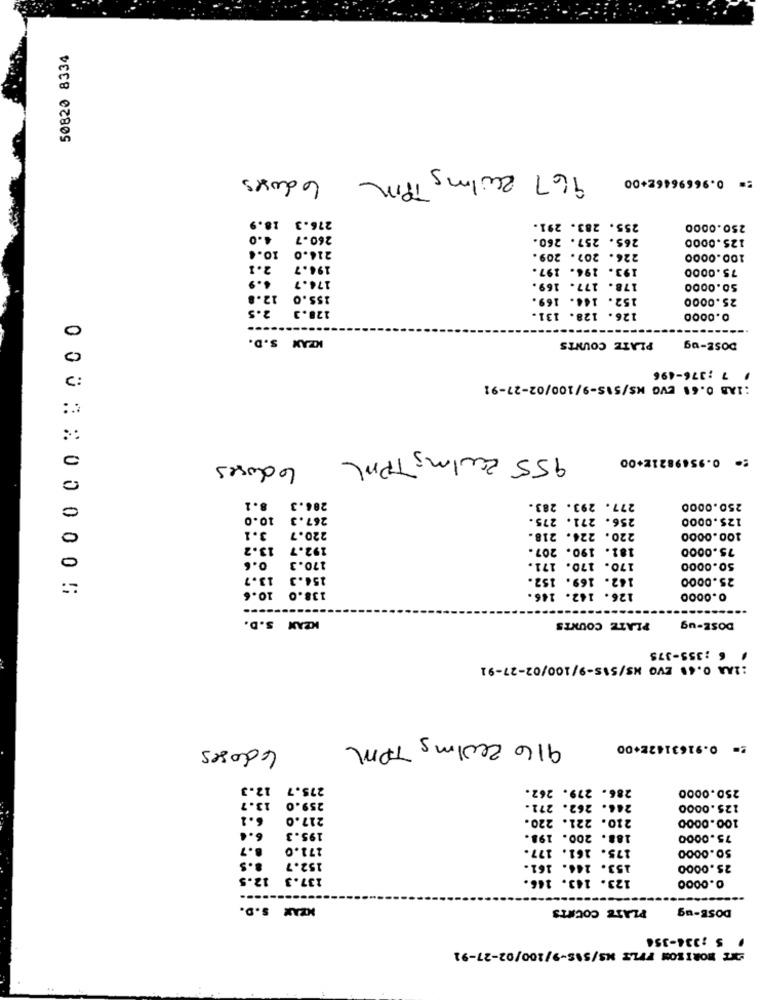
50820 8334
6 doses
967 Zwilms im
:= 0.9669646E+00
18.9
276.3
255. 283. 291.
250.0000
4.0
260.7
265. 257. 260.
125.0000
10.4
214.0
226. 207. 209.
100.0000
2.1
194.7
193. 194. 197.
75.0000
176.7
178. 177. 169.
50.0000
12.8
155.0
152. 144. 169.
25.0000
2.5
128.3
126. 128. 131.
0.0000
0
KZAM S.D.
PLATE COUNTS
DOSE-ug
/ 7 ;376-496
:1AB 0.61 EVG MS/515-9/100/02-27-91
0
955 Zculms TPML
: 0.95698212+00
60 doses
0
8.1
286.3
277. 293. 283.
250.0000
10.0
267.3
256. 271. 275.
125.0000
3.1
220.7
220. 224. 218.
100.0000
13.2
192.7
181. 190. 207.
75.0000
0.6
170.3
170. 170. 171.
50.0000
13.7
154.3
162. 169. 152.
25.0000
138.0 10.6
126. 142. 146.
000 2 2 0 0 0 0 0 5
0.0000
KEAN S.D.
PLATZ COUNTS
DOSE-ug
6 :355-375
:1AA 0.48 EVO NS/515-9/100/02-27-91
916 2001mg TPM
4 doses
:= 0.91631422+00
12.3
275.7
286. 279. 262.
250.0000
13.7
259.0
246. 262. 271.
125.0000
6.1
217.0
210. 221. 220.
100.0000
195.3
188. 200. 19 ..
75.0000
8. 7
171.0
175. 161. 177.
50.0000
3.5
152.7
153. 144. 161.
25.0000
12.5
137.3
123. 143. 146.
0.0000
NZAM S.D.
PLATZ COCATS
DOSE-ug
S :334-354
EXT HORIZON FFLE NS/SAS-9/100/02-27-91